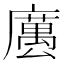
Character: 𢋭